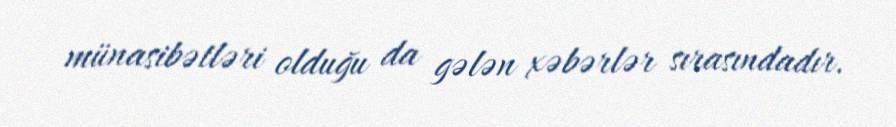
münasibətləri olduğu da gələn xəbərlər sırasındadır.